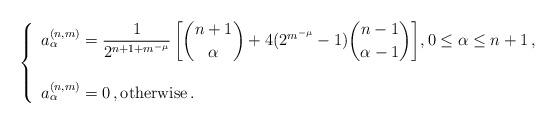
LaTeX: \begin{align*} \left \{ \begin{array}{l}a^{(n,m)}_\alpha =\displaystyle{\frac{1}{2^{n+1+m^{-\mu}}} \left [{\binom{n+1}{\alpha}}+ 4(2^{m^{-\mu}}-1) {\binom{n-1}{\alpha-1}} \right ]}, 0 \le\alpha \le n+1\,,\\ \\a^{(n,m)}_\alpha = 0\,, \hbox{otherwise}\,.\end{array} \right.\end{align*}